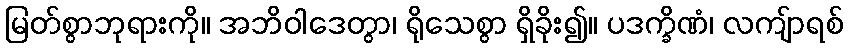
မြတ်စွာဘုရားကို။ အဘိဝါဒေတွာ၊ ရိုသေစွာ ရှိခိုး၍။ ပဒက္ခိဏံ၊ လကျ်ာရစ်